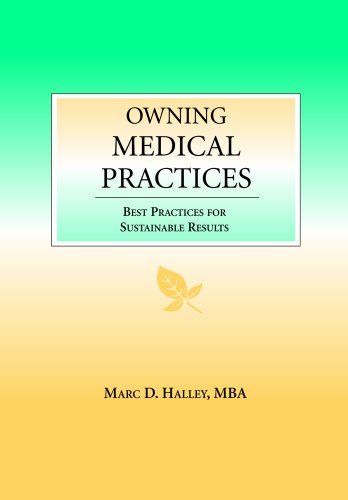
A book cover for Owning Medical Practices: Best Practices for Sustainable Results; Marc Halley; Medical Books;